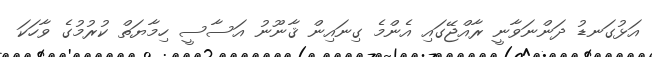
އަޅުގަނޑު ދަންނަވާނީ ރާއްޖޭގައި އެންމެ ގިނައިން ޤާނޫނު އަސާސީ ހިމާޔަތް ކުރުމުގެ ވާހަކަ